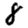
Digit: 8